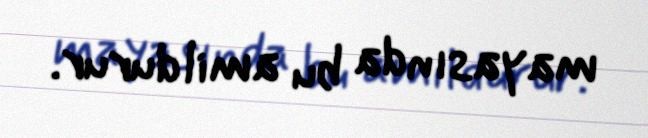
mayasında bu amil durur.